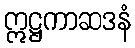
ဣဋ္ဌကာဆဒနံ